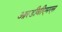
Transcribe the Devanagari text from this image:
आरडीबीएमएस